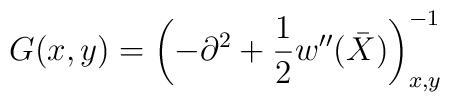
G(x,y)=\left( -\partial^2 +\frac 12 w''(\bar X)\right)^{-1}_{x,y}